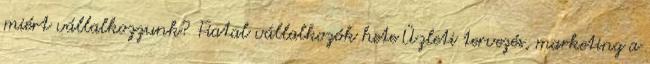
miért vállalkozzunk? Fiatal vállalkozók hete Üzleti tervezés, marketing a